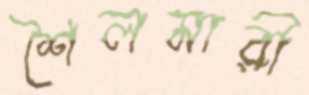
শৈলমারী